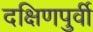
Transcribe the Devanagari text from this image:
दक्षिणपुर्वी